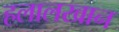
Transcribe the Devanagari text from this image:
हलालखान